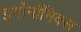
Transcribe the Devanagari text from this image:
इर्गोनॉमिक्स